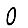
Digit: 0